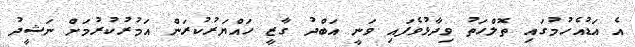
އެ އަަޑުއެހުމުގައި ތޮލްހަތު ވިދާޅުވެފައި ވަނީ އަބްދު ގާޒީ ހައްޔަރުކުރަން އަމުރުކުރުމަށް ނަޝީދު